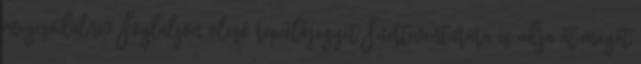
megcsodálni? Foglaljon olcsó repülőjegyet Fuerteventurára és adja át magát